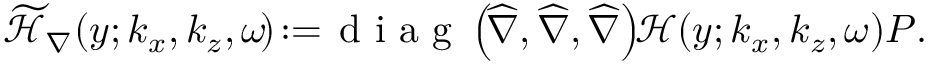
\begin{array} { r } { \mathcal { \widetilde { H } } _ { \nabla } ( y ; k _ { x } , k _ { z } , \omega \! ) \! : = \! \mathrm { ~ d ~ i ~ a ~ g ~ } \left( \! \boldsymbol { \widehat { \nabla } } , \boldsymbol { \widehat { \nabla } } , \boldsymbol { \widehat { \nabla } } \right) \! \! \mathcal { H } ( y ; k _ { x } , k _ { z } , \omega ) \boldsymbol { P } . } \end{array}